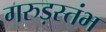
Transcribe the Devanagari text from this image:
गरुड़स्तंभ